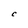
Character: C